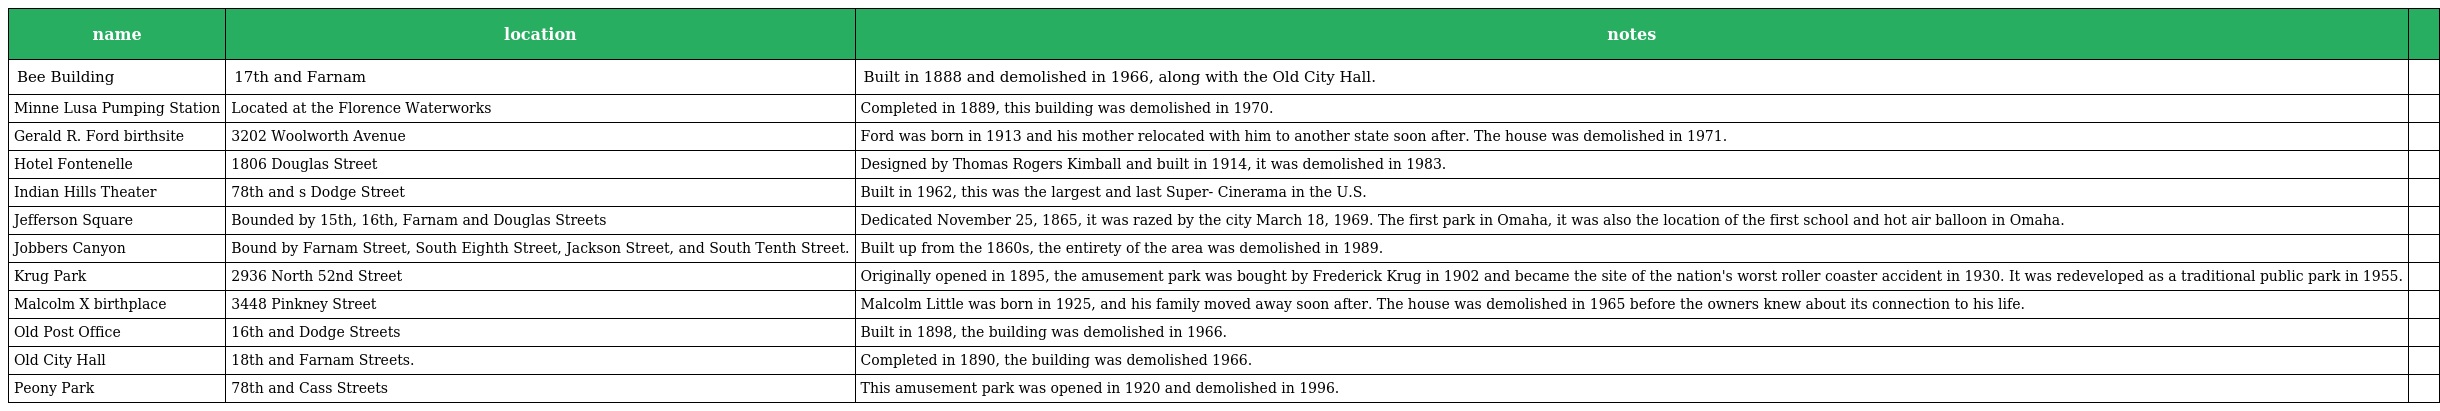
| name | location | notes |  |
 | --- | --- | --- | --- |
 | Bee Building | 17th and Farnam | Built in 1888 and demolished in 1966, along with the Old City Hall. |  |
 | Minne Lusa Pumping Station | Located at the Florence Waterworks | Completed in 1889, this building was demolished in 1970. |  |
 | Gerald R. Ford birthsite | 3202 Woolworth Avenue | Ford was born in 1913 and his mother relocated with him to another state soon after. The house was demolished in 1971. |  |
 | Hotel Fontenelle | 1806 Douglas Street | Designed by Thomas Rogers Kimball and built in 1914, it was demolished in 1983. |  |
 | Indian Hills Theater | 78th and s Dodge Street | Built in 1962, this was the largest and last Super- Cinerama in the U.S. |  |
 | Jefferson Square | Bounded by 15th, 16th, Farnam and Douglas Streets | Dedicated November 25, 1865, it was razed by the city March 18, 1969. The first park in Omaha, it was also the location of the first school and hot air balloon in Omaha. |  |
 | Jobbers Canyon | Bound by Farnam Street, South Eighth Street, Jackson Street, and South Tenth Street. | Built up from the 1860s, the entirety of the area was demolished in 1989. |  |
 | Krug Park | 2936 North 52nd Street | Originally opened in 1895, the amusement park was bought by Frederick Krug in 1902 and became the site of the nation's worst roller coaster accident in 1930. It was redeveloped as a traditional public park in 1955. |  |
 | Malcolm X birthplace | 3448 Pinkney Street | Malcolm Little was born in 1925, and his family moved away soon after. The house was demolished in 1965 before the owners knew about its connection to his life. |  |
 | Old Post Office | 16th and Dodge Streets | Built in 1898, the building was demolished in 1966. |  |
 | Old City Hall | 18th and Farnam Streets. | Completed in 1890, the building was demolished 1966. |  |
 | Peony Park | 78th and Cass Streets | This amusement park was opened in 1920 and demolished in 1996. |  |